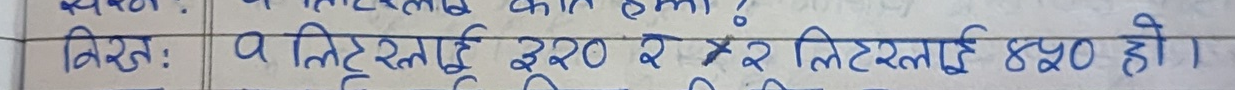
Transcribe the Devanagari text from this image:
प्रश्न: १ लीटरलाई कति हेम्ला?
उत्तर: १ लीटरलाई ३२० र २ लीटरलाई ४५० हो।